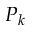
P _ { k }